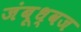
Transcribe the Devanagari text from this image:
जंबूध्वज